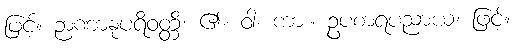
ဖြင့်။ ဉာဏာနုပရိဝတ္တိ၊ ၏။ ဝါ၊ ကား။ ဥပစာရပညာယ၊ ဖြင့်။